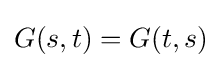
G(s,t)=G(t,s)